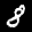
Label: 8